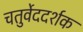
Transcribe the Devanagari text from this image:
चतुर्वेददर्शक